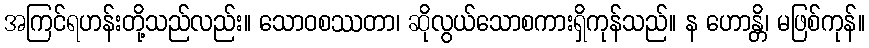
အကြင်ရဟန်းတို့သည်လည်း။ သောဝစဿတာ၊ ဆိုလွယ်သောစကားရှိကုန်သည်။ န ဟောန္တိ၊ မဖြစ်ကုန်။